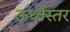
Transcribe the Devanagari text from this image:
ऊर्ध्वस्तर